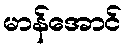
မာန်အောင်